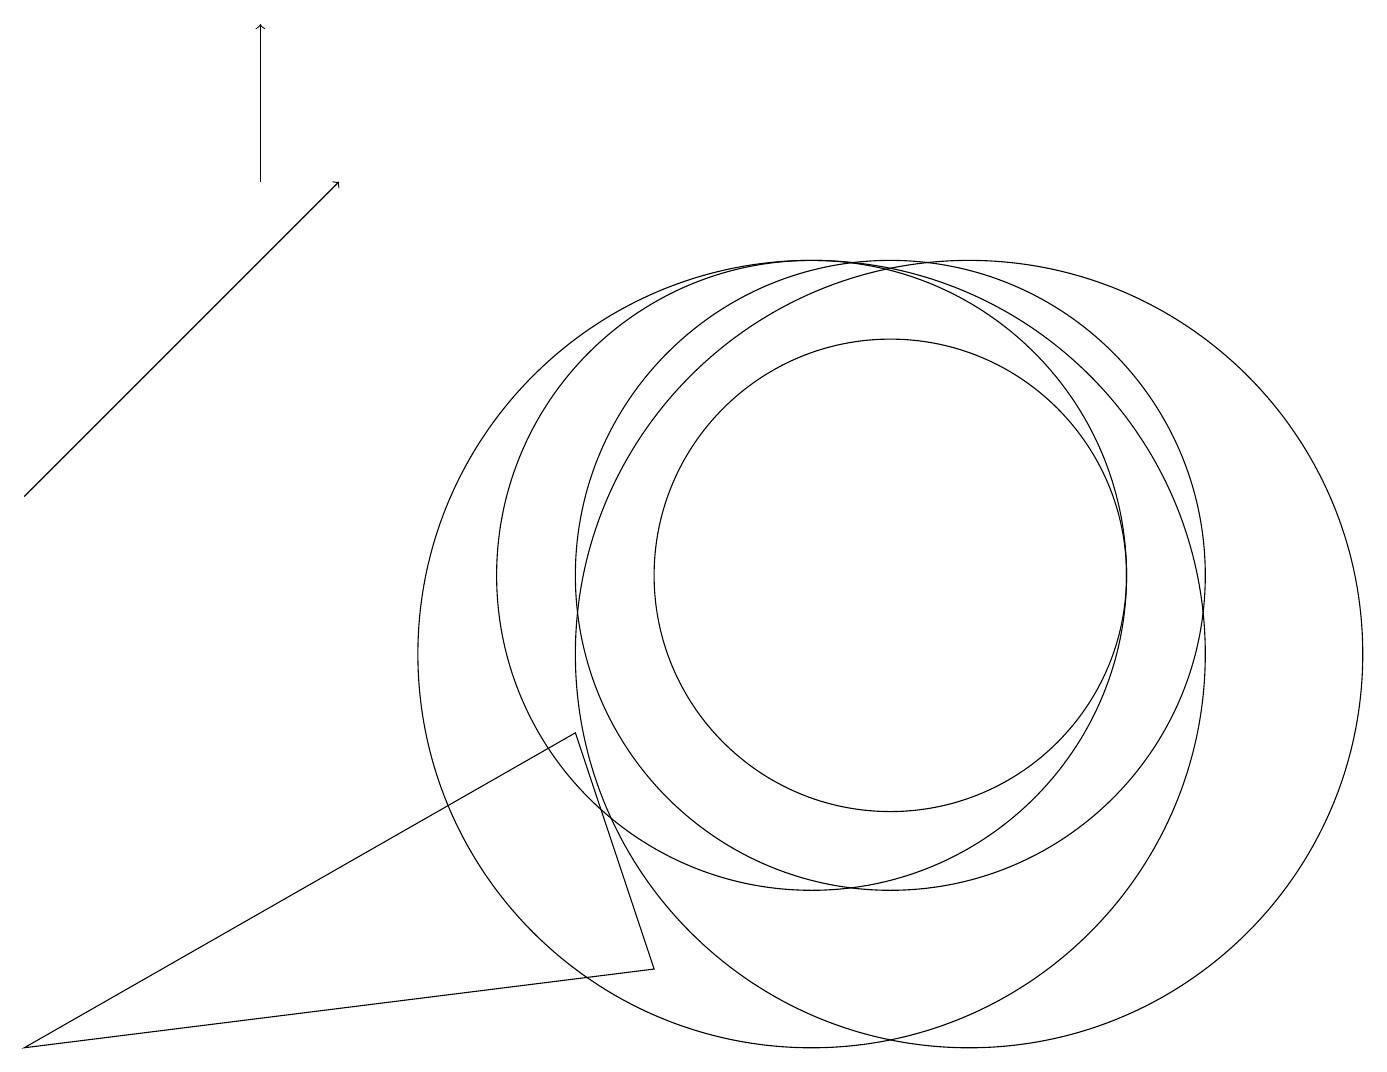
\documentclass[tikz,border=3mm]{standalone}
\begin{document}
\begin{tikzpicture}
\draw (12,10) circle (5);
\draw (8,6) -- (0,5) -- (7,9) -- cycle;
\draw[->] (0,12) -- (4,16);
\draw (11,11) circle (3);
\draw[->] (3,16) -- (3,18);
\draw (10,11) circle (4);
\draw (10,10) circle (5);
\draw (11,11) circle (4);
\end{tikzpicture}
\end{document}